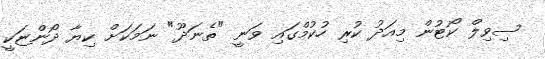
ސިވިލް ކޯޓުން މިއަދު ކުރި ހުކުމްގައި ވަނީ "ތެނަދޫ" ނަމަކަށް ކިޔާ ދޯންޏަކީ